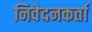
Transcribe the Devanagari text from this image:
निवेदनकर्ता